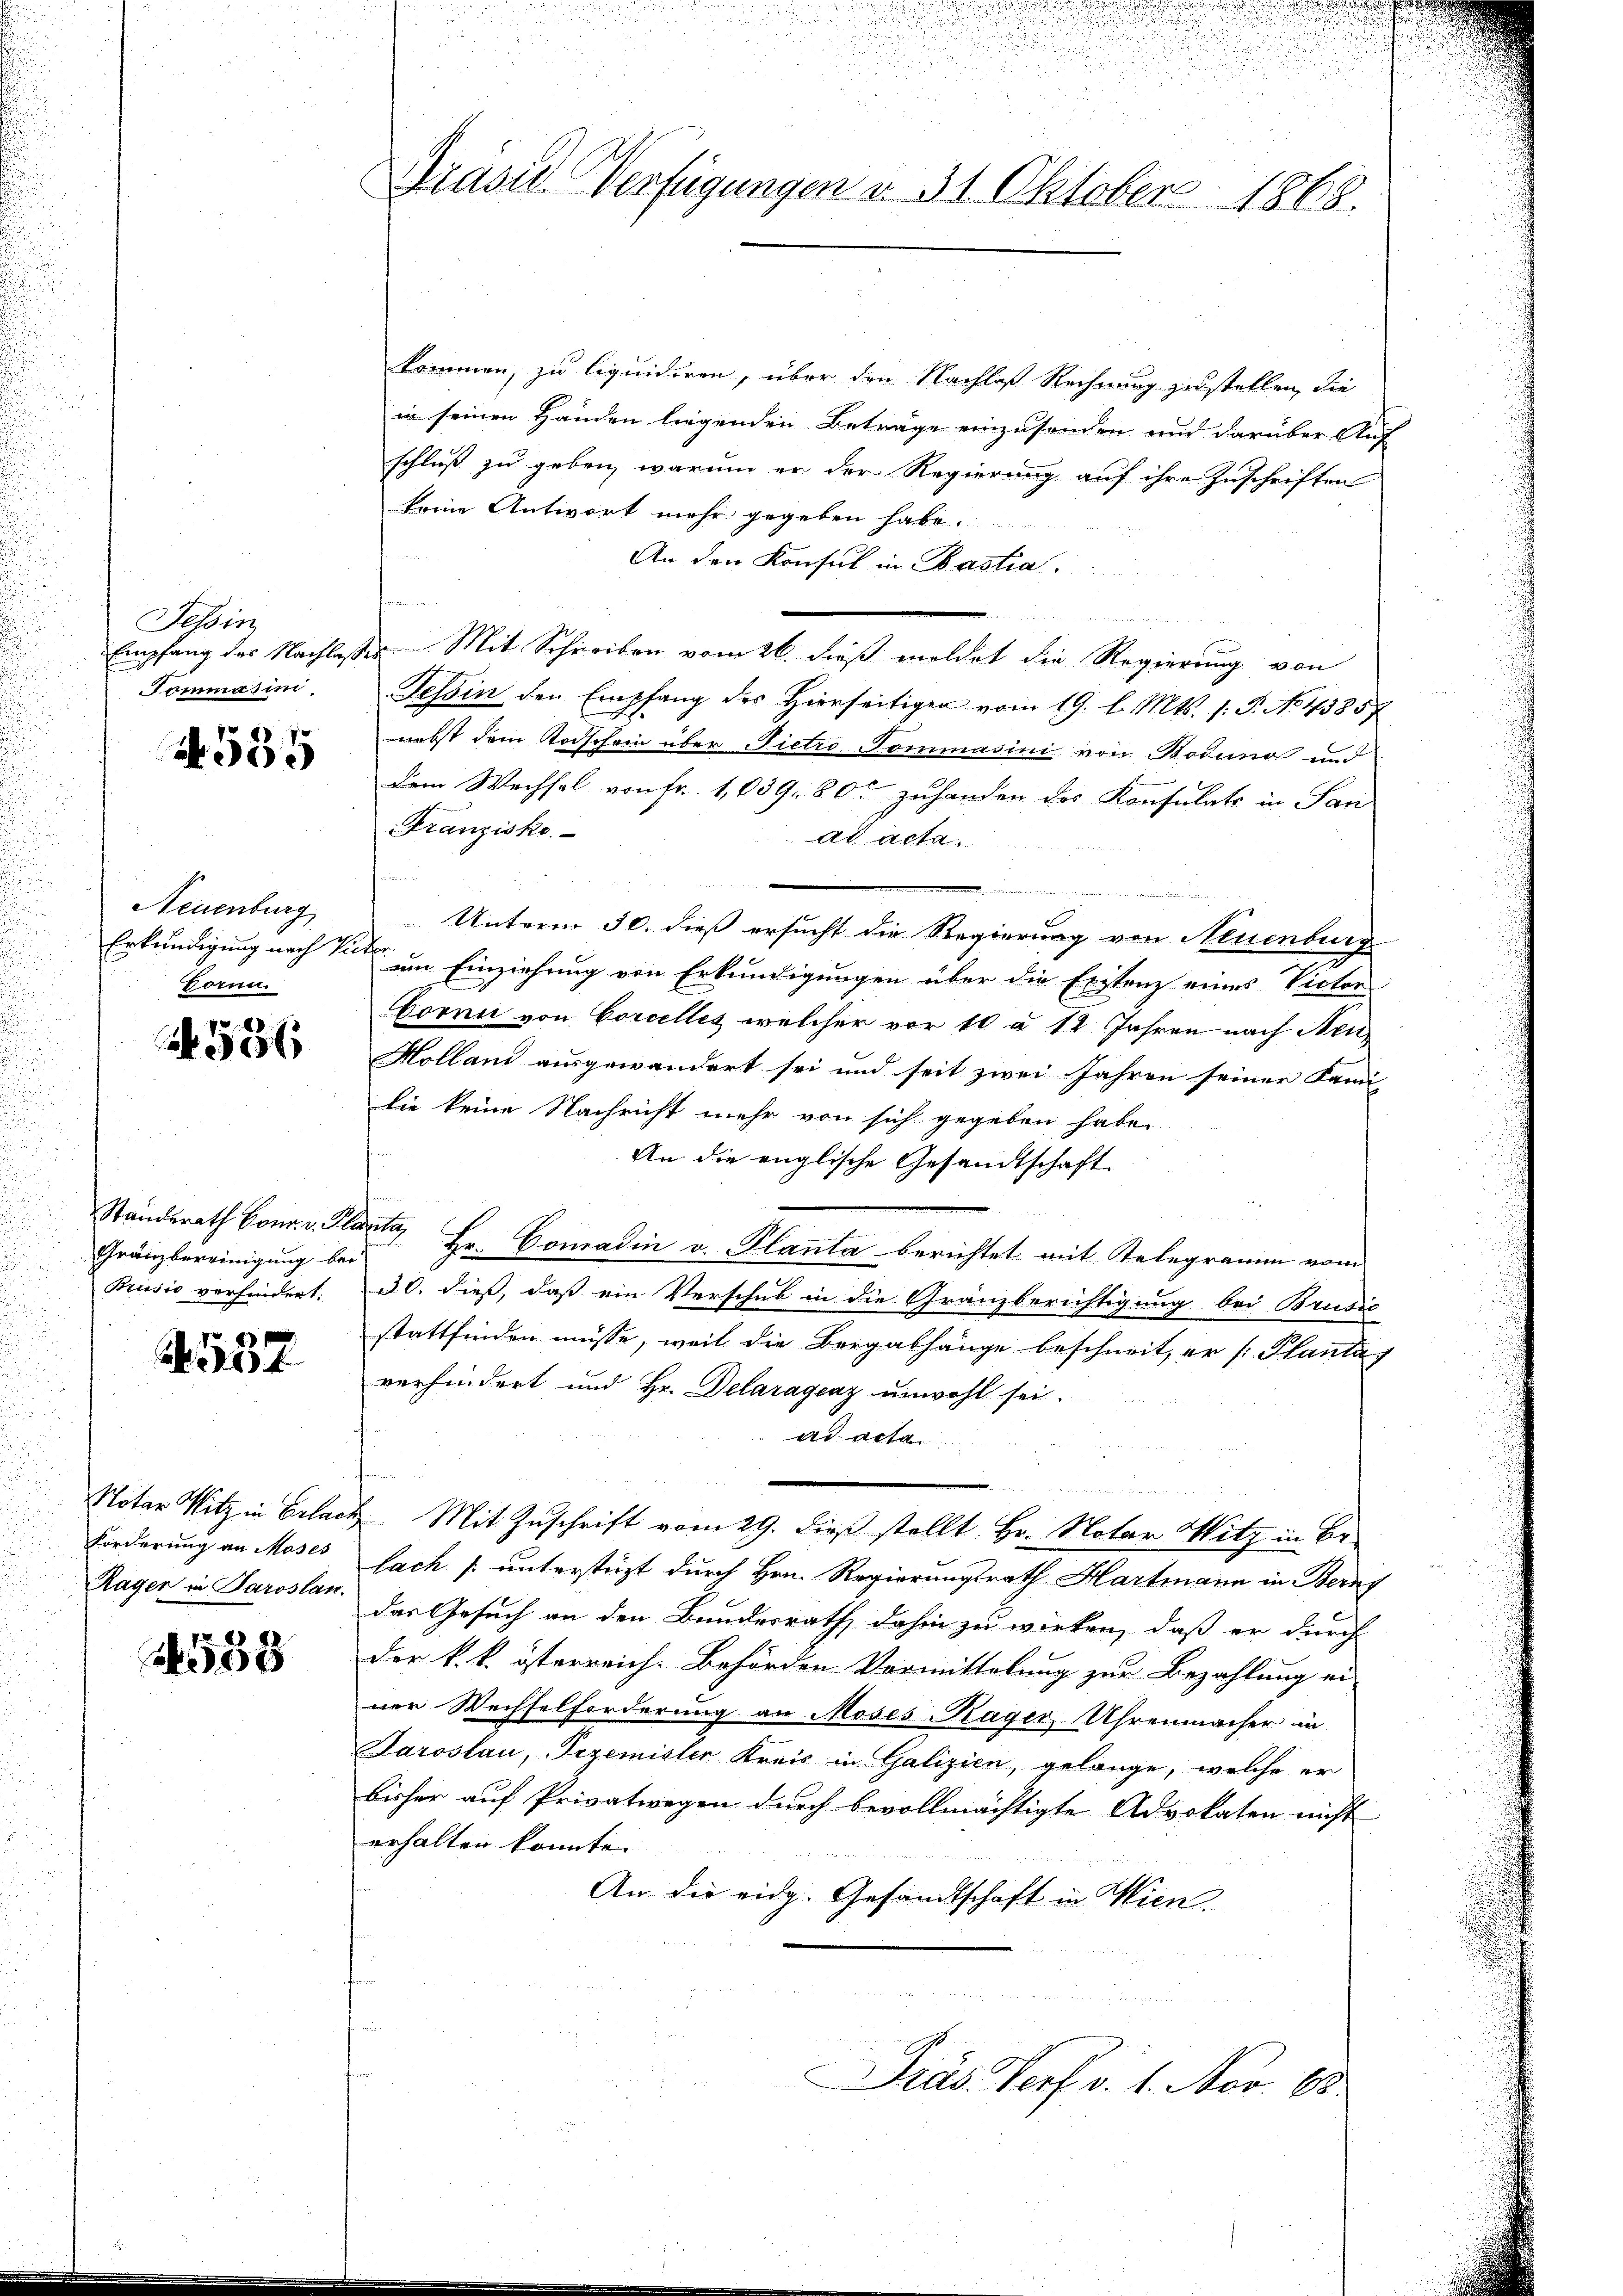
Tessin,
Empfang des Nachlaß
ommasin

555

Neuenburg
Erkundigung nach Vic
Fornn

6

Standerath Bona v. Pla
Gränzbereinigung bei
Brusić verhindert:

4
A

Notar Witz in Erlach
Forderung an Moses
Rager in Paroslan

558

.
Präsid. Verfügungen v. 31. Oktober 1868.

kommen, zu liquidiren, über den Nachlaß Rechnung zu stellen, die
in seinen Händen liegenden Beträge einzusonden und darüber Auf
schluß zu geben, warum er der Regierung auf ihre Inschriften
keine Antwort mehr gegeben habe.
An den Konsul in Mastia
e
de Mit Schreiben vom 26. dieß meldet die Regierung von
Tessin den Empfang des Hierseitiger vom 19. d. Mts. 1. P. No. 43857
nebst dem Todschein über Pietri Pommasini von Botuno und
Dem Wechsel von Fr. 1,039. 80 zuhanden des Konsulats in San
Franzisko
ad acta.

n
Unterm 30. dieß ersucht die Regierung von Neuenburg
r
um Einziehung von Erkundigungen über die Existenz eines Victor
borni von Corcelles welcher vor 10 à 12 Jahren nach Neu¬
Holland ausgewandert sei und seit zwei Jahren seiner Fami-
die keine Nachricht mehr von sich gegeben habe.
An die englische Gesandtschaft
 Hr. Comadin v. Planta berichtet mit Telegramm vom
30. dieß, daß ein Verschub in die Gränzberichtigung bei Brusić
stattfinden müsse, weil die Bergabhänge beschneit, er /: Planta,
verhindert und Hr. Delaragenz unwohl sei.
ad acta
Mit Zuschrift vom 29. dieß stellt Hr. Notar Witz in Belach (unterstüzt durch Hrn. Regierungsrath Hartmann in Berng
das Gesuch an den Bundesrath, dahin zu wirken, daß er durch
der k. k. österreich. Behörden Vormittelung zur Bezahlung ei-
ner Wechselforderung an Moses Kager, Uhrenmacher in
Saroslau, Pizemister Kreis in Galizien, gelange, welche er
bisher auf Privatwegen durch bevollmächtigte Advokaten nicht
erhalten konnte.
An die eidg. Gesandtschaft in Wien.
Präs. Verf. v. 1. Nov. 13.